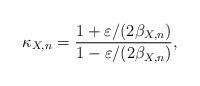
LaTeX: \begin{align*} \kappa_{X,n} = \frac{1+\varepsilon/(2\beta_{X,n})}{1-\varepsilon/(2\beta_{X,n})},\end{align*}